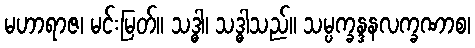
မဟာရာဇ၊ မင်းမြတ်။ သဒ္ဓါ၊ သဒ္ဓါသည်။ သမ္ပက္ခန္ဒနလက္ခဏာစ၊